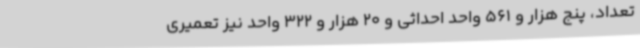
تعداد، پنج هزار و 561 واحد احداثی و 20 هزار و 322 واحد نیز تعمیری